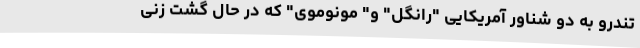
تندرو به دو شناور آمریکایی "رانگل" و" مونوموی" که در حال گشت زنی‌